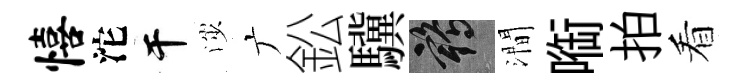
僖沱干渉广鈆驥鶴澗㗸拍看